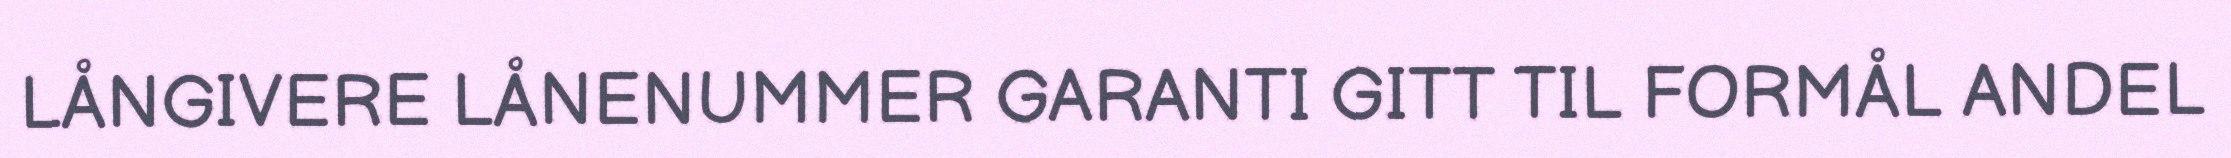
LÅNGIVERE LÅNENUMMER GARANTI GITT TIL FORMÅL ANDEL